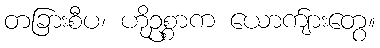
တခြားစီပ၊ ဟိုဥစ္စာက ယောက်ျားတွေ။